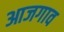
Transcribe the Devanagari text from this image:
आजगाव